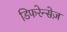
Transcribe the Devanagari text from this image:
डिफरेन्सेज़